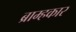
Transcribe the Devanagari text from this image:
ब्राम्हकार